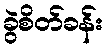
ခွဲစိတ်ခန်း